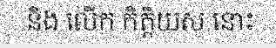
និង លើក កិត្តិយស នោះ